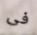
فى